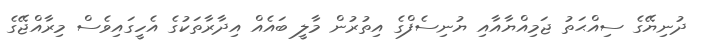
ދުނިޔޭގެ ސިއްޙަތު ޖަމިއްޔާއާއި ޔުނިސެފްގެ އިތުރުން މާލީ ބައެއް އިދާރާތަކުގެ އެހީގައިވެސް މިރާއްޖޭގެ